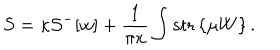
S = \kappa { \cal S } ^ { - } [ w ] + \frac { 1 } { \pi x } \int \mathrm { s t r } \left\{ \mu W \right\} .